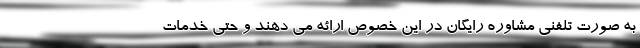
به صورت تلفنی مشاوره رایگان در این خصوص ارائه می دهند و حتی خدمات